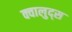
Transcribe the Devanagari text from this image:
क्वालुद्स